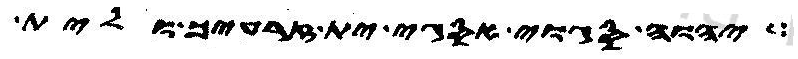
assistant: יהוה סגוי אסגי ית זרעיך ולית